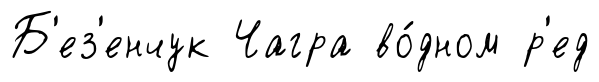
Б'ез'енчук Чагра во́дном р'ед